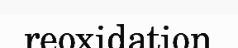
reoxidation